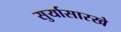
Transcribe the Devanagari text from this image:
सुर्यासारखे